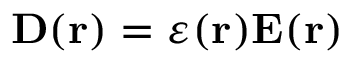
\mathbf { D ( r ) } = \varepsilon ( \mathbf { r } ) \mathbf { E ( r ) }